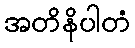
အတိနိပါတံ